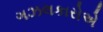
ગઝલકારોએ